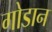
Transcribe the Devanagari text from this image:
गोडान